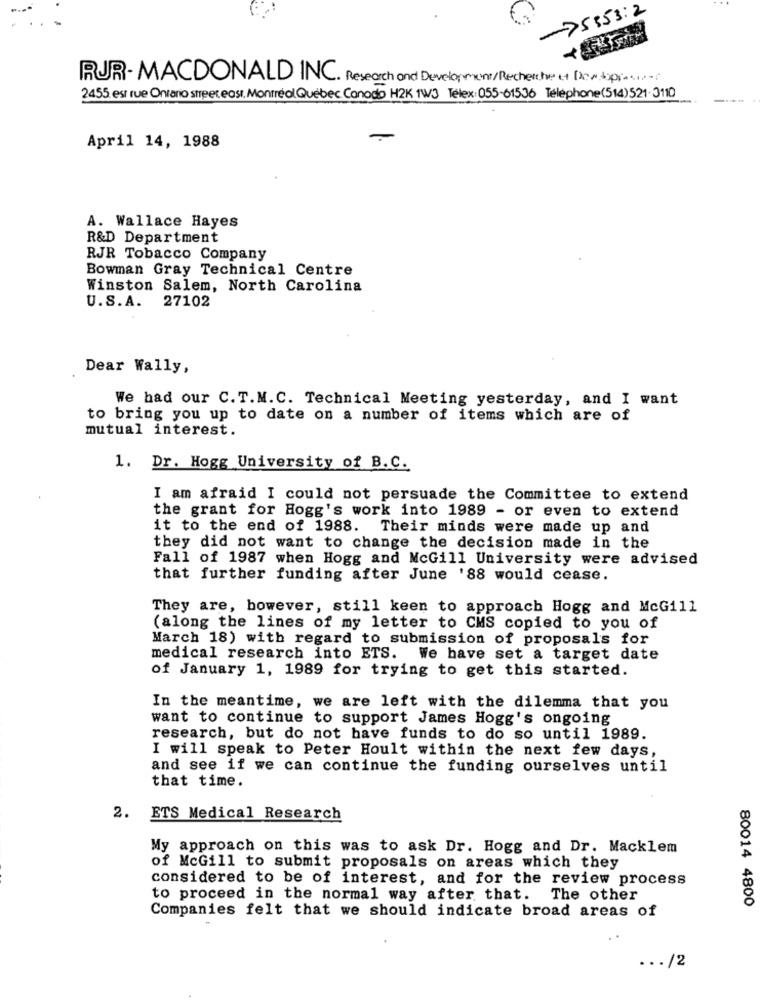
>5353:2
RJR- MACDONALD INC. Research and Development/Recherche et Destoprasico
2455 est rue Ontario street est,Montréal Québec Conodo H2K 1/3 Télex: 055-61536 Téléphone(514)521. 3110
-
April 14, 1988
A. Wallace Hayes
R&D Department
RJR Tobacco Company
Bowman Gray Technical Centre
Winston Salem, North Carolina
U.S.A.
27102
Dear Wally,
We had our C.T.M.C. Technical Meeting yesterday, and I want
to bring you up to date on a number of items which are of
mutual interest.
1. Dr. Hogg University of B.C.
I am afraid I could not persuade the Committee to extend
the grant for Hogg's work into 1989 - or even to extend
it to the end of 1988. Their minds were made up and
they did not want to change the decision made in the
Fall of 1987 when Hogg and McGill University were advised
that further funding after June '88 would cease.
They are, however, still keen to approach Hogg and McGill
(along the lines of my letter to CMS copied to you of
March 18) with regard to submission of proposals for
medical research into ETS. We have set a target date
of January 1, 1989 for trying to get this started.
In the meantime, we are left with the dilemma that you
want to continue to support James Hogg's ongoing
research, but do not have funds to do so until 1989.
I will speak to Peter Hoult within the next few days,
and see if we can continue the funding ourselves until
that time.
2. ETS Medical Research
My approach on this was to ask Dr. Hogg and Dr. Macklem
of McGill to submit proposals on areas which they
considered to be of interest, and for the review process
to proceed in the normal way after that. The other
80014 4800
Companies felt that we should indicate broad areas of
... /2